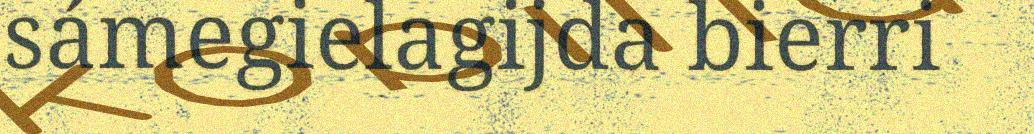
sámegielagijda bierri